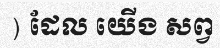
) ដែល យើង សព្វ